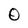
Character: 0